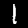
Label: 1